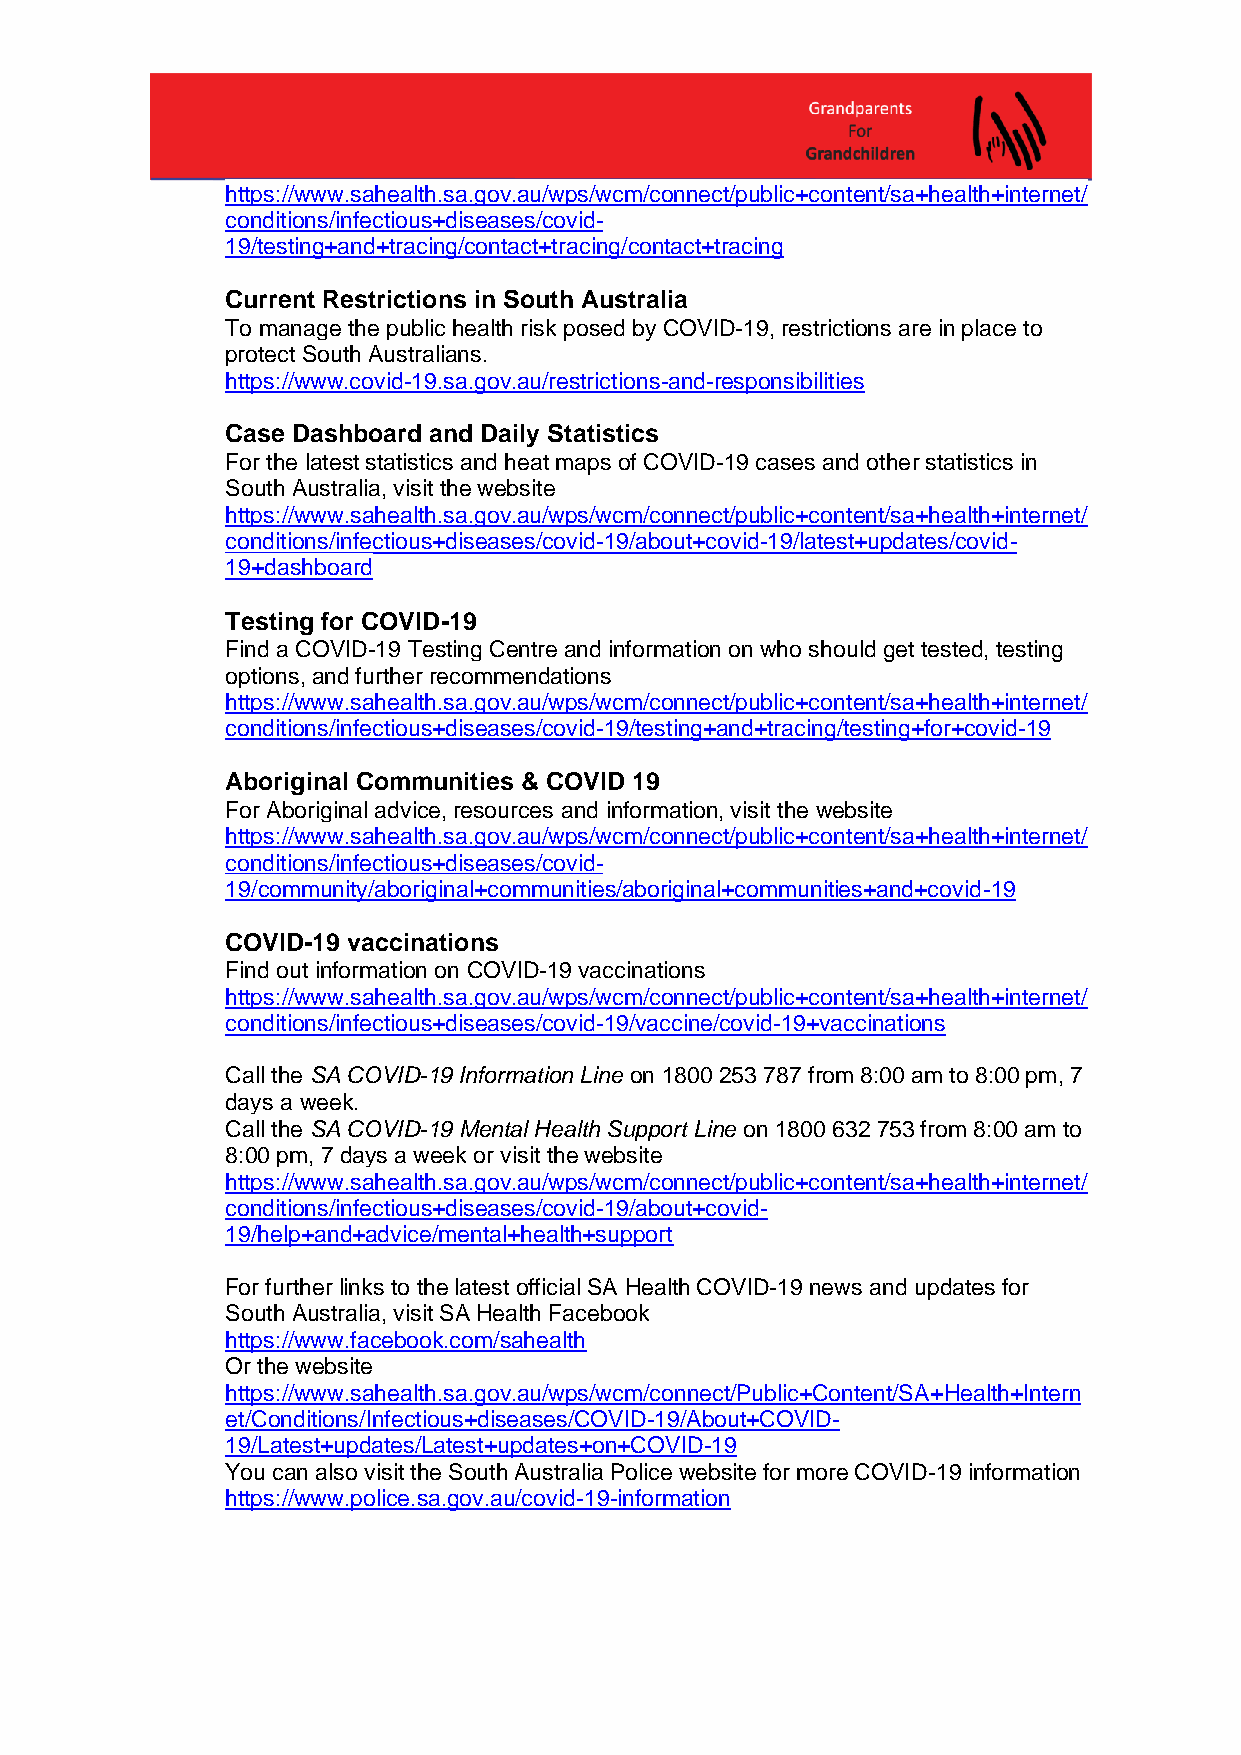
https://www.sahealth.sa.gov.au/wps/wcm/connect/public+content/sa+health+internet/
 conditions/infectious+diseases/covid-
 19/testing+and+tracing/contact+tracing/contact+tracing
 Current Restrictions in South Australia
 To manage the public health risk posed by COVID-19, restrictions are in place to
 protect South Australians.
 https://www.covid-19.sa.gov.au/restrictions-and-responsibilities
 Case Dashboard and Daily Statistics
 For the latest statistics and heat maps of COVID-19 cases and other statistics in
 South Australia, visit the website
 https://www.sahealth.sa.gov.au/wps/wcm/connect/public+content/sa+health+internet/
 conditions/infectious+diseases/covid-19/about+covid-19/latest+updates/covid-
 19+dashboard
 Testing for COVID-19
 Find a COVID-19 Testing Centre and information on who should get tested, testing
 options, and further recommendations
 https://www.sahealth.sa.gov.au/wps/wcm/connect/public+content/sa+health+internet/
 conditions/infectious+diseases/covid-19/testing+and+tracing/testing+for+covid-19
 Aboriginal Communities & COVID 19
 For Aboriginal advice, resources and information, visit the website
 https://www.sahealth.sa.gov.au/wps/wcm/connect/public+content/sa+health+internet/
 conditions/infectious+diseases/covid-
 19/community/aboriginal+communities/aboriginal+communities+and+covid-19
 COVID-19 vaccinations
 Find out information on COVID-19 vaccinations
 https://www.sahealth.sa.gov.au/wps/wcm/connect/public+content/sa+health+internet/
 conditions/infectious+diseases/covid-19/vaccine/covid-19+vaccinations
 Call the SA COVID-19 Information Line on 1800 253 787 from 8:00 am to 8:00 pm, 7
 days a week.
 Call the SA COVID-19 Mental Health Support Line on 1800 632 753 from 8:00 am to
 8:00 pm, 7 days a week or visit the website
 https://www.sahealth.sa.gov.au/wps/wcm/connect/public+content/sa+health+internet/
 conditions/infectious+diseases/covid-19/about+covid-
 19/help+and+advice/mental+health+support
 For further links to the latest official SA Health COVID-19 news and updates for
 South Australia, visit SA Health Facebook
 https://www.facebook.com/sahealth
 Or the website
 https://www.sahealth.sa.gov.au/wps/wcm/connect/Public+Content/SA+Health+Intern
 et/Conditions/Infectious+diseases/COVID-19/About+COVID-
 19/Latest+updates/Latest+updates+on+COVID-19
 You can also visit the South Australia Police website for more COVID-19 information
 https://www.police.sa.gov.au/covid-19-information